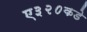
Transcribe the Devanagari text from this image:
ए३२०कडे